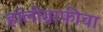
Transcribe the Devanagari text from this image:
हॉलोग्राफीचा